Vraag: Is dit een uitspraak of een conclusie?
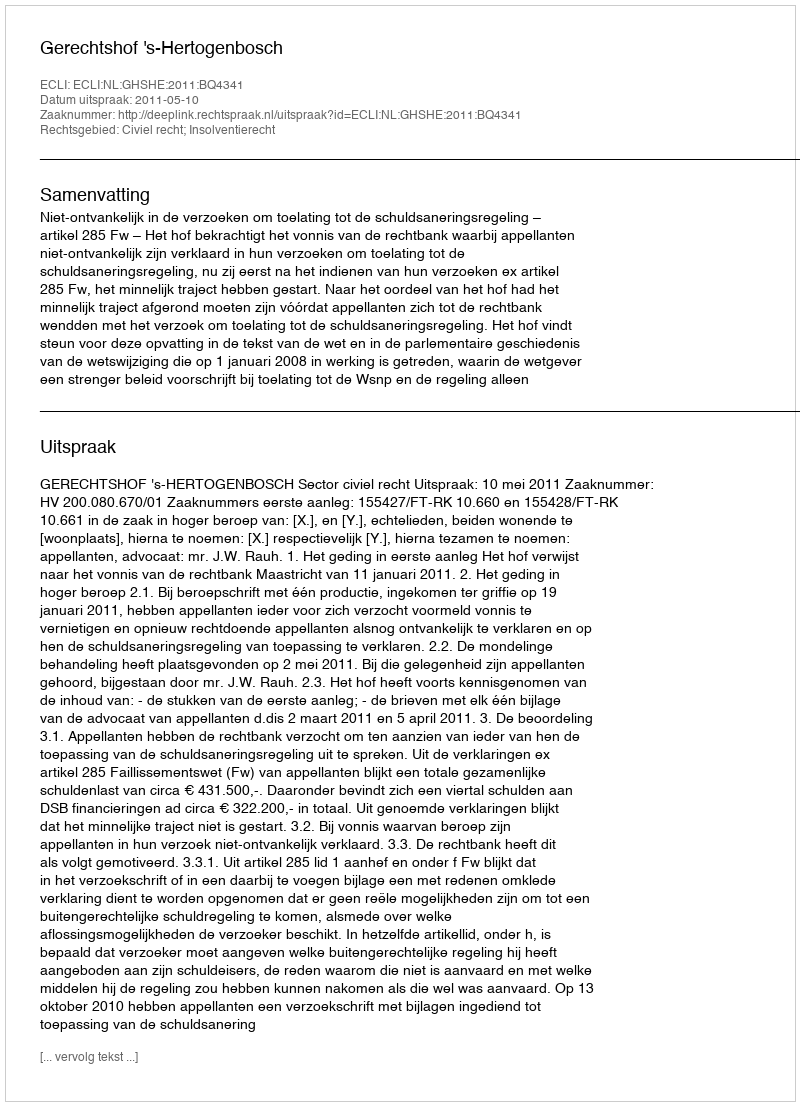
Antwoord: Uitspraak